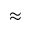
\approx